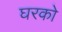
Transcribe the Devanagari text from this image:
घरको